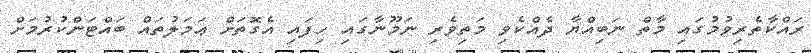
ރައްކާތެރިވުމުގައި މާތް ނަބިއްޔާ ދެއްކެވި މަތިވެރި ނަމޫނާގައި ހިފައި އެގޮތަށް ޢަމަލުތައް ބައްޓަންކުރުމަށް